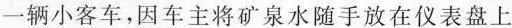
一辆小客车，因车主将矿泉水随手放在仪表盘上